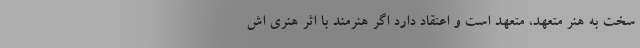
سخت به هنر متعهد، متعهد است و اعتقاد دارد اگر هنرمند با اثر هنری اش